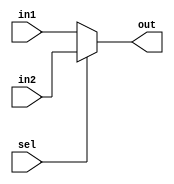


`timescale 1ns/1ns

module Mux2_1 (
    sel,
    in1,
    in2,
    out
);
    parameter N=1;
    output [N-1:0] out;
    input [N-1:0] in1, in2;
    input sel;
    
    assign out = (sel)?in2:in1;
endmodule